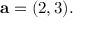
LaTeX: \mathbf { a } = ( 2 , 3 ) .